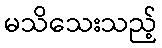
မသိသေးသည့်